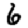
Digit: 6